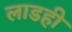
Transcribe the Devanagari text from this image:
लाडही